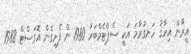
އީރާން އިރާޤު ހަނގުރާމަ އަކީ ސެޕްޓެމްބަރު 1980 ން ފެށިގެން އޮގަސްޓް 1988